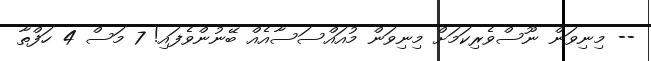
-- މިނިވަން ނޫސްވެރިކަމަށް މިނިވަން މުއައްސަސާއެއް ބޭނުންވެފައި! 7 މަސް 4 ހަފްތާ